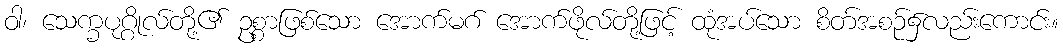
ဝါ၊ သေက္ခပုဂ္ဂိုလ်တို့၏ ဥစ္စာဖြစ်သော အောက်မဂ် အောက်ဖိုလ်တို့ဖြင့် ထုံအပ်သော စိတ်အစဉ်၌လည်းကောင်း။